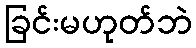
ခြင်းမဟုတ်ဘဲ